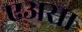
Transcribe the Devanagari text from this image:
एअसा